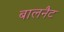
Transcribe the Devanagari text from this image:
बालनैट